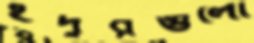
ইঁদুরগুলো